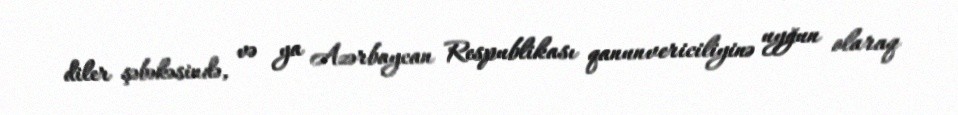
diler şəbəkəsində, və ya Azərbaycan Respublikası qanunvericiliyinə uyğun olaraq